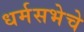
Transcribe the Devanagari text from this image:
धर्मसभेचे